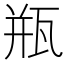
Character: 瓶